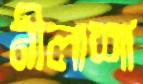
নীলাশা